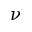
\nu